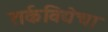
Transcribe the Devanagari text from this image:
तर्कविद्येचा